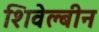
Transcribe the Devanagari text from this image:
शिवेल्बीन